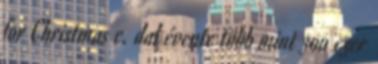
for Christmas c. dal évente több mint 300 ezer